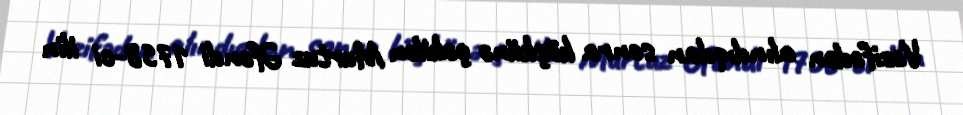
Vəzifədən alındıqdan sonra köşkünə çəkilən Murtuz Əfəndi 1758-ci ilin